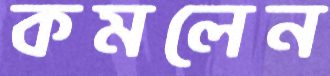
কমলেন